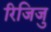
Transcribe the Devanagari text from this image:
रिजिजु